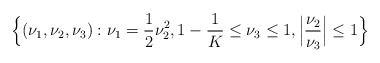
\begin{align*} \Big\{(\nu_1,\nu_2,\nu_3): \nu_1=\frac{1}{2}\nu_2^2,1-\frac{1}{K}\le \nu_3\le 1,\Big|\frac{\nu_2}{\nu_3}\Big|\le 1\Big\} \end{align*}